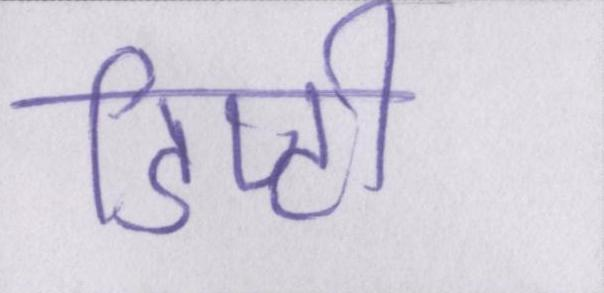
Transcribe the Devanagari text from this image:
डिप्टी